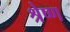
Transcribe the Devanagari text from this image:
श्रेष्‍ण